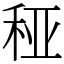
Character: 䅉